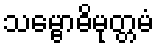
သမ္ဗောဓိမုတ္တမံ